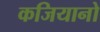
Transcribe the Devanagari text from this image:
कजियानो